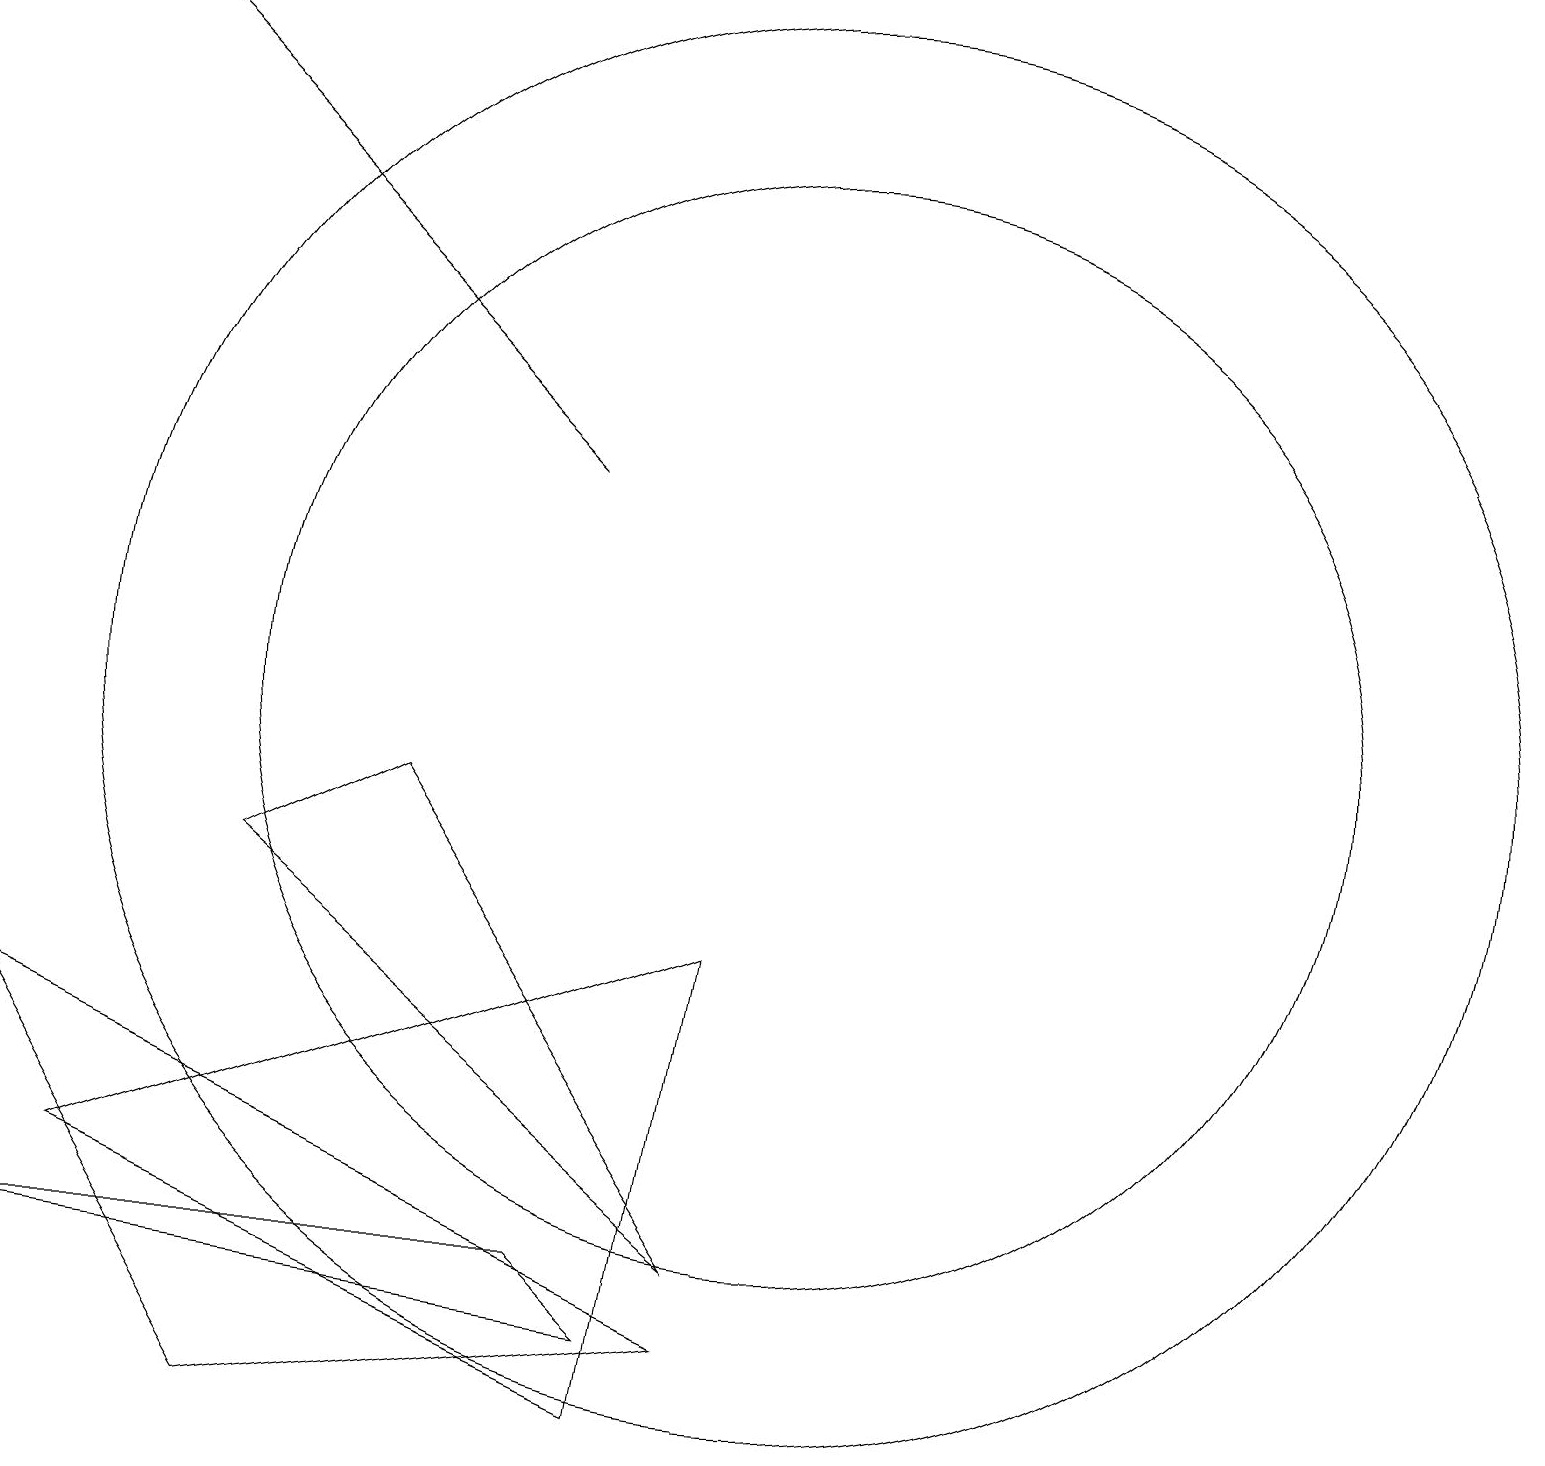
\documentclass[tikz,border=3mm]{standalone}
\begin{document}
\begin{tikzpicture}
\draw (10,10) circle (7);
\draw[->] (7,13) -- (1,19);
\draw (3,8) -- (5,9) -- (9,3) -- cycle;
\draw (0,6) -- (9,2) -- (3,1) -- cycle;
\draw (1,4) -- (9,7) -- (8,1) -- cycle;
\draw (7,3) -- (0,3) -- (8,2) -- cycle;
\draw (10,10) circle (9);
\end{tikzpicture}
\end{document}